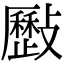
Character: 𣀥